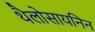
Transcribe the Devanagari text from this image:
थैलोसायनिन